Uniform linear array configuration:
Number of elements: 16
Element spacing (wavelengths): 0.5
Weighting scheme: exponential
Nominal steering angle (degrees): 15
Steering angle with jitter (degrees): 16.165
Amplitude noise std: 0.05
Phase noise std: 0.05

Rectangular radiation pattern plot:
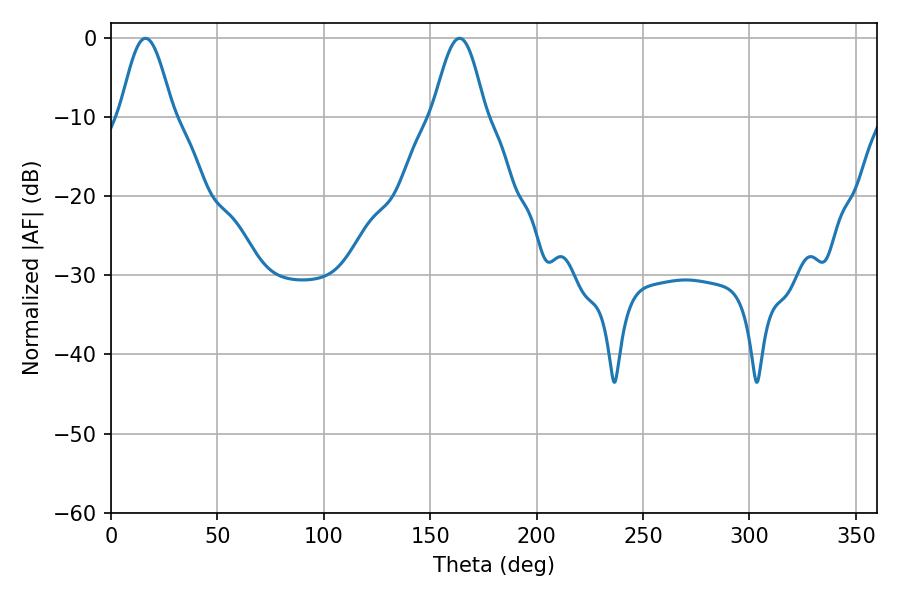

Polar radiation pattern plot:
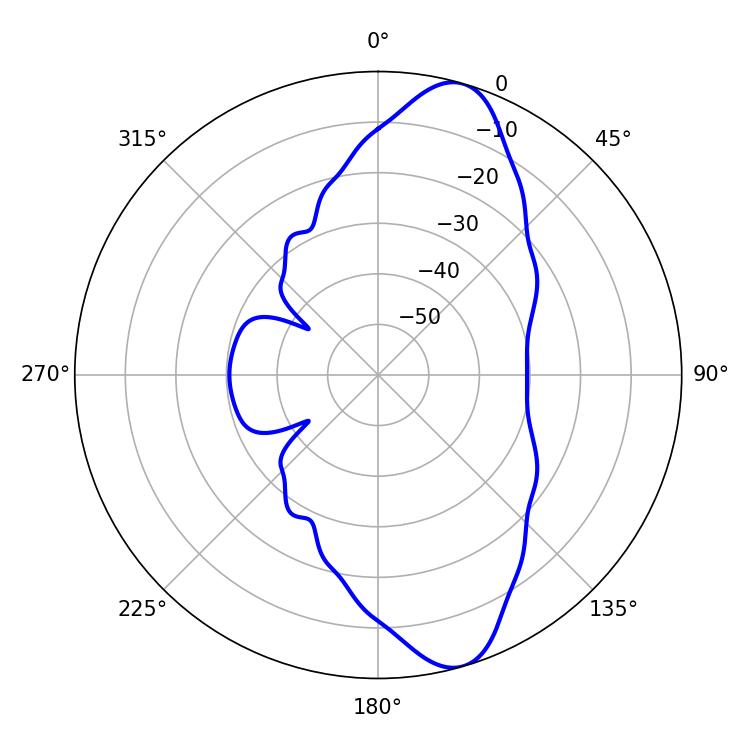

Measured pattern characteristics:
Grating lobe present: FALSE
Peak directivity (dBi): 10.998
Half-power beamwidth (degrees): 13.14
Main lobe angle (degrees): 16.2